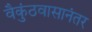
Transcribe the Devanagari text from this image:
वैकुंठवासानंतर